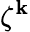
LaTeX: \zeta^{\mathbf{k}}